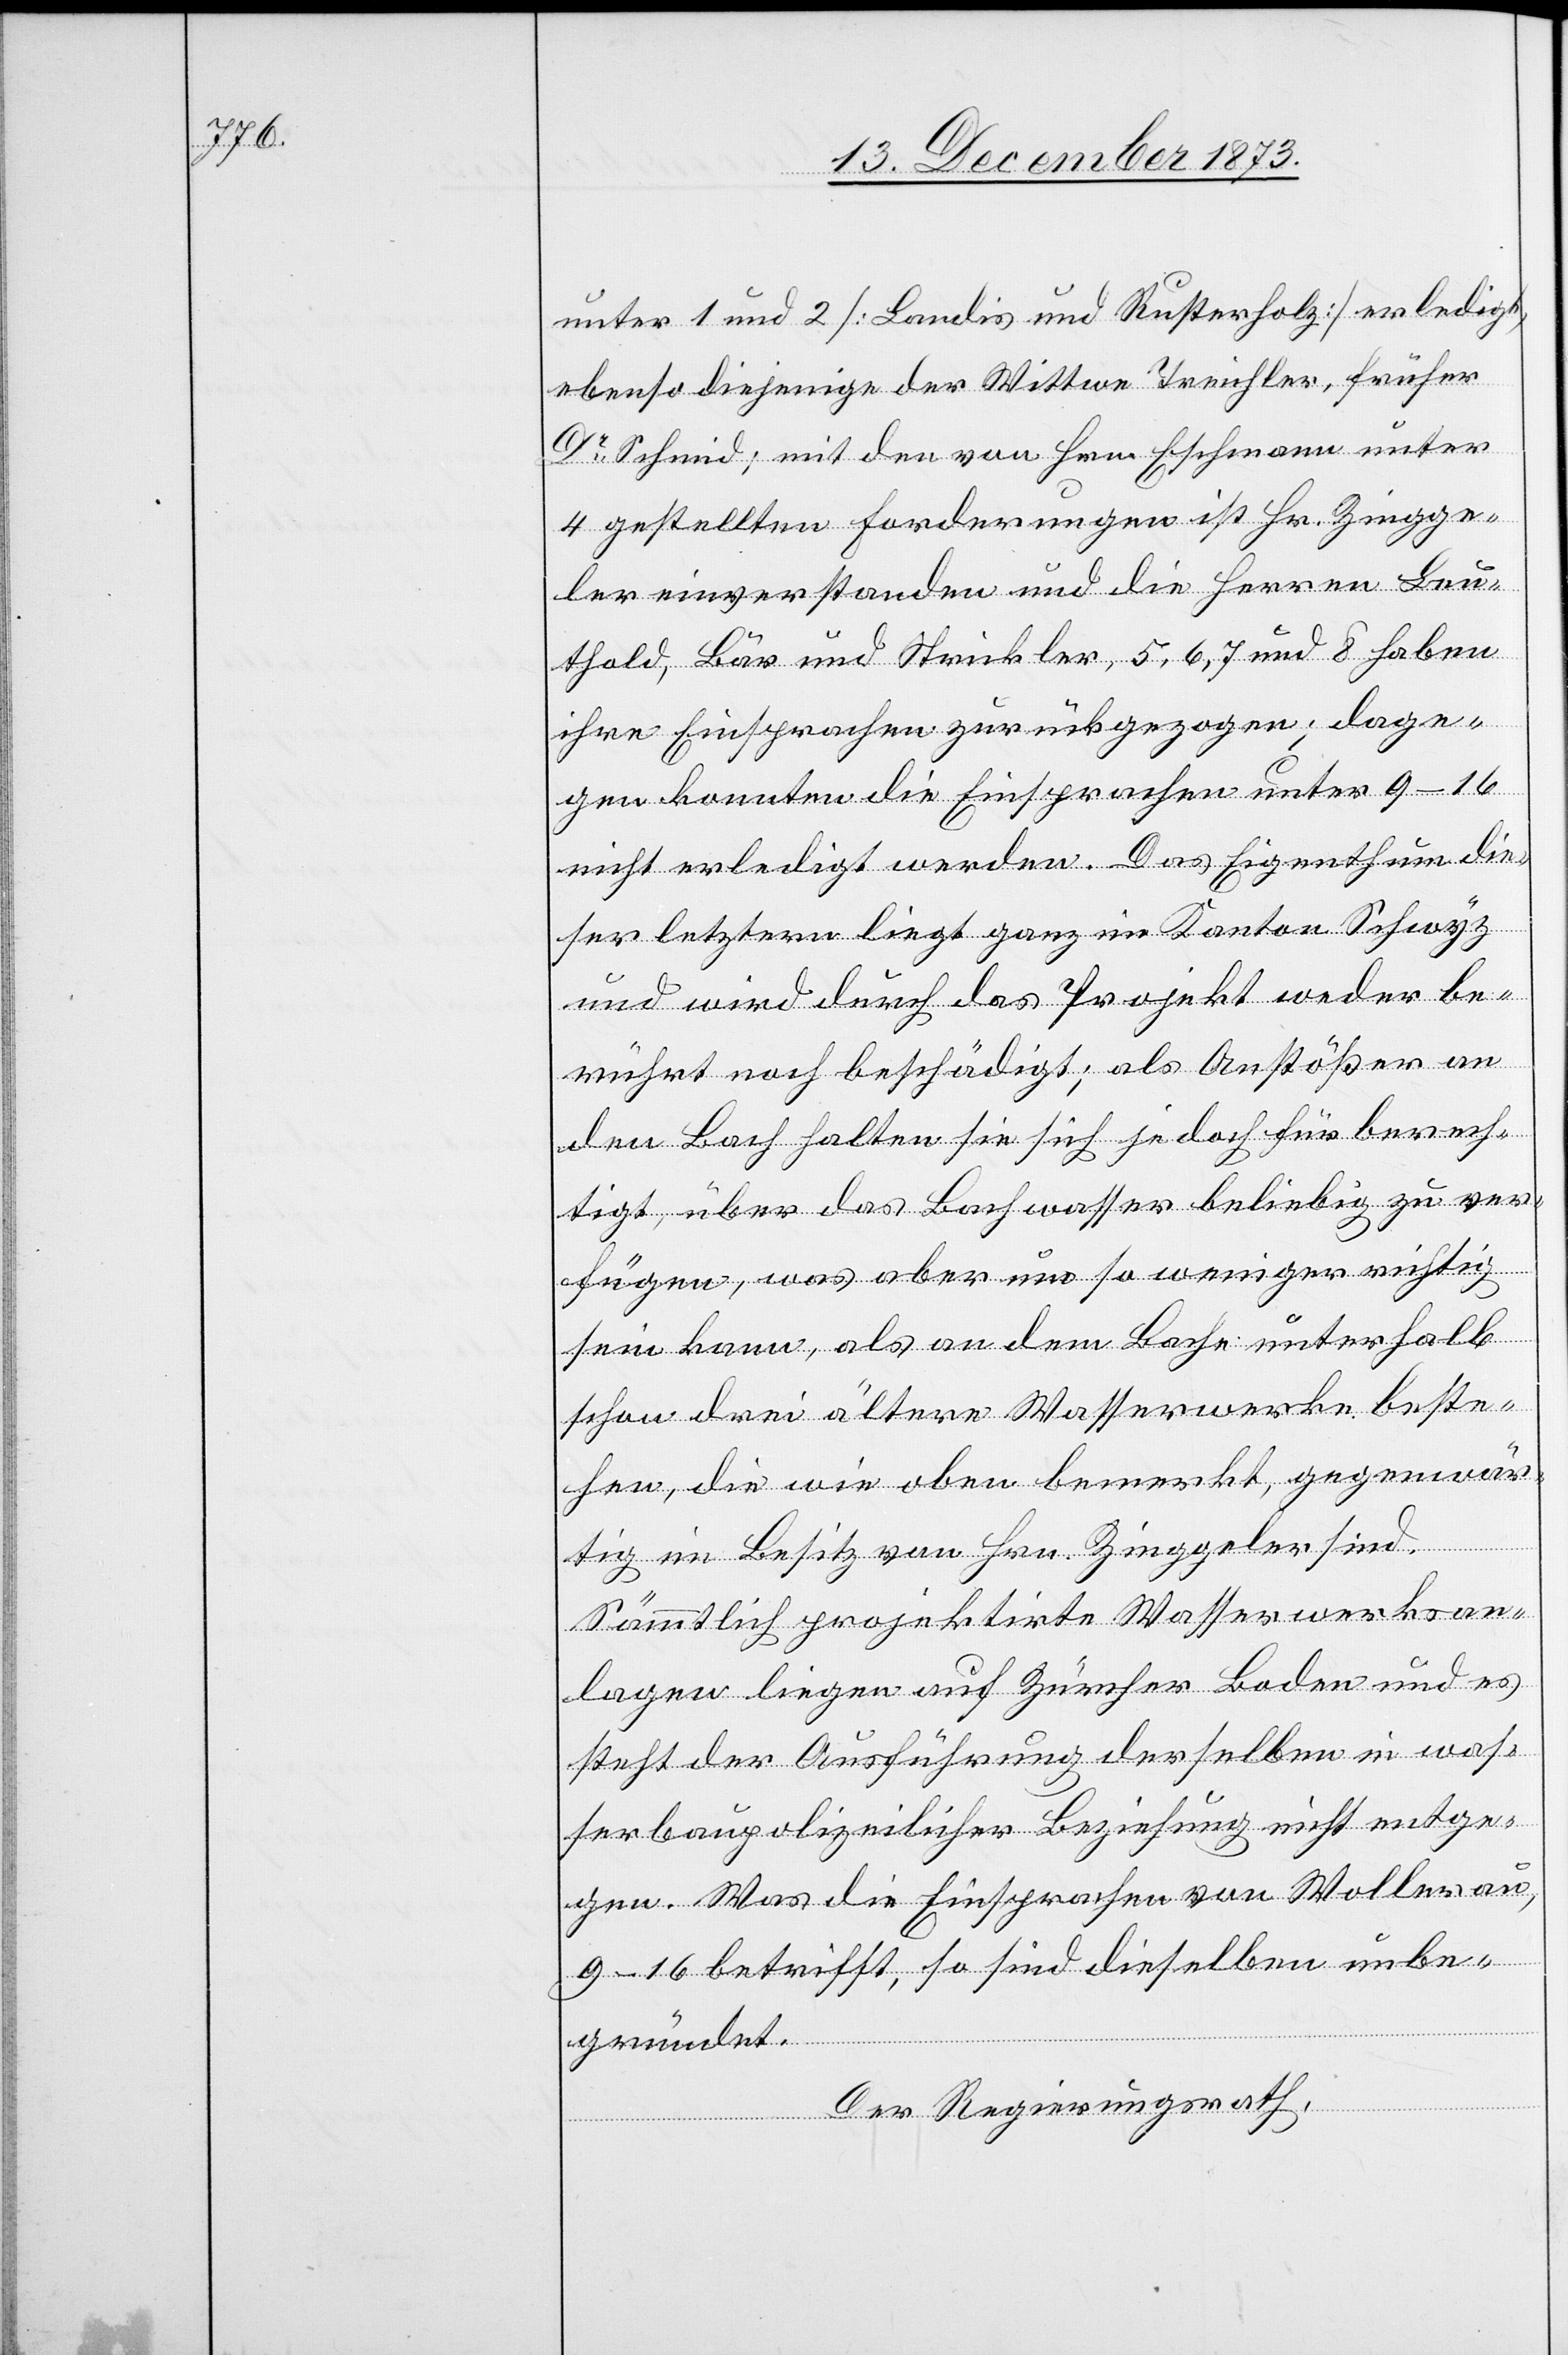
unter 1 und 2 [Landis und Rusterholz] erledigt,
ebenso diejenige der Wittwe Treichler, früher
Dr Schmid; mit den von Hrn. Eschmann unter
4 gestellten Forderungen ist Hr. Zingge¬
ler einverstanden und die Herren Leu¬
thold, Bär und Strickler, 5, 6, 7 und 8 haben
ihre Einsprachen zurückgezogen; dage¬
gen konnten die Einsprachen unter 9–16
nicht erledigt werden. Das Eigenthum die¬
ser letztern liegt ganz im Kanton Schwyz
und wird durch das Projekt weder be¬
rührt noch beschädigt; als Anstößer an
den Bach halten sie sich jedoch für berech¬
tigt, über das Bachwasser beliebig zu ver¬
fügen, was aber um so weniger richtig
sein kann, als an dem Bache unterhalb
schon drei ältere Wasserwerke beste¬
hen, die wie oben bemerkt, gegenwär¬
tig im Besitz von Hrn. Zinggeler sind.
Sämmtlich projektirte Wasserwerksan¬
lagen liegen auf Zürcher Boden und es
steht der Ausführung derselben in was¬
serbaupolizeilicher Beziehung nicht[s] entge¬
gen. Was die Einsprachen von Wollerau,
9–16 betrifft, so sind dieselben unbe¬
gründet.
Der Regierungsrath,